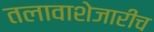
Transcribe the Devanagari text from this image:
तलावाशेजारीच